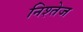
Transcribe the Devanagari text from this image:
निश्तेज